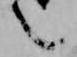
言